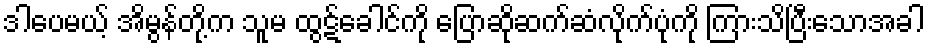
ဒါပေမယ့် အိမွန်တို့က သူမ ထွဋ်ခေါင်ကို ပြောဆိုဆက်ဆံလိုက်ပုံကို ကြားသိပြီးသောအခါ